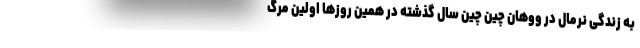
به زندگی نرمال در ووهان چین چین سال گذشته در همین روزها اولین مرگ